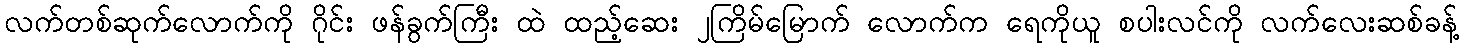
လက်တစ်ဆုက်လောက်ကို ဂိုင်း ဖန်ခွက်ကြီး ထဲ ထည့်ဆေး ၂ကြိမ်မြောက် လောက်က ရေကိုယူ စပါးလင်ကို လက်လေးဆစ်ခန့်